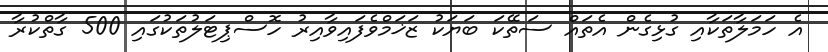
އެ ހަމަލާތަކާއި ގުޅިގެން އެތައް ސަތޭކަ ބަޔަކު ޒަޚަމްވެފައިވާއިރު ހޮސްޕިޓަލުތަކުގައި 500 ގާތްކުރާ